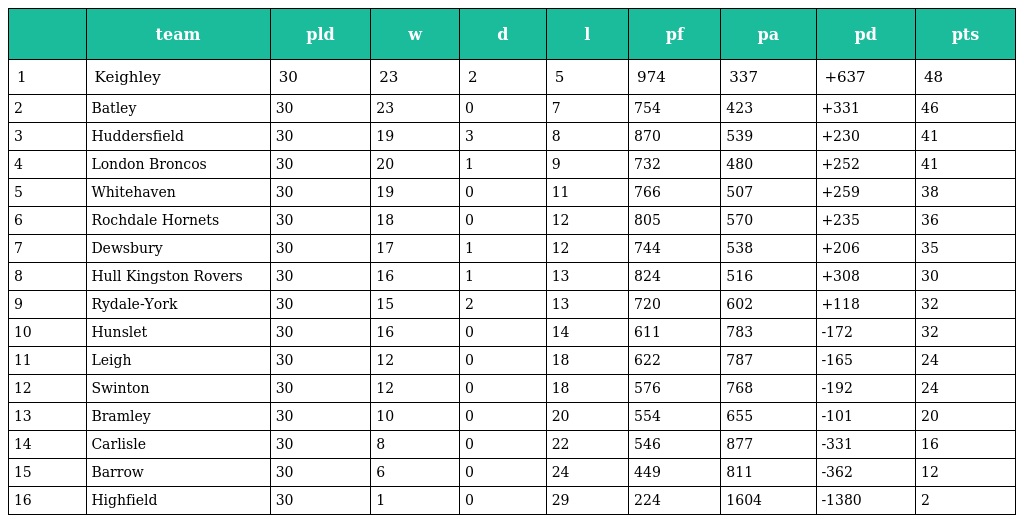
|  | team | pld | w | d | l | pf | pa | pd | pts |
 | --- | --- | --- | --- | --- | --- | --- | --- | --- | --- |
 | 1 | Keighley | 30 | 23 | 2 | 5 | 974 | 337 | +637 | 48 |
 | 2 | Batley | 30 | 23 | 0 | 7 | 754 | 423 | +331 | 46 |
 | 3 | Huddersfield | 30 | 19 | 3 | 8 | 870 | 539 | +230 | 41 |
 | 4 | London Broncos | 30 | 20 | 1 | 9 | 732 | 480 | +252 | 41 |
 | 5 | Whitehaven | 30 | 19 | 0 | 11 | 766 | 507 | +259 | 38 |
 | 6 | Rochdale Hornets | 30 | 18 | 0 | 12 | 805 | 570 | +235 | 36 |
 | 7 | Dewsbury | 30 | 17 | 1 | 12 | 744 | 538 | +206 | 35 |
 | 8 | Hull Kingston Rovers | 30 | 16 | 1 | 13 | 824 | 516 | +308 | 30 |
 | 9 | Rydale-York | 30 | 15 | 2 | 13 | 720 | 602 | +118 | 32 |
 | 10 | Hunslet | 30 | 16 | 0 | 14 | 611 | 783 | -172 | 32 |
 | 11 | Leigh | 30 | 12 | 0 | 18 | 622 | 787 | -165 | 24 |
 | 12 | Swinton | 30 | 12 | 0 | 18 | 576 | 768 | -192 | 24 |
 | 13 | Bramley | 30 | 10 | 0 | 20 | 554 | 655 | -101 | 20 |
 | 14 | Carlisle | 30 | 8 | 0 | 22 | 546 | 877 | -331 | 16 |
 | 15 | Barrow | 30 | 6 | 0 | 24 | 449 | 811 | -362 | 12 |
 | 16 | Highfield | 30 | 1 | 0 | 29 | 224 | 1604 | -1380 | 2 |